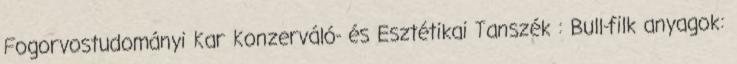
Fogorvostudományi Kar Konzerváló- és Esztétikai Tanszék : Bull-filk anyagok: